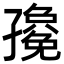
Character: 𭓛